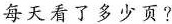
每天看了多少页?